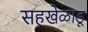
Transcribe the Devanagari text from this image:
सहखेळाडू